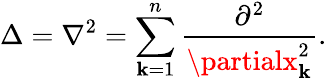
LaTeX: \Delta=\nabla^{2}=\sum_{\mathbf{k}=1}^{n}{\frac{{\partial^{2}}}{{\partialx_{\mathbf{k}}^{2}}}}.